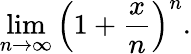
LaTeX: \operatorname*{lim}_{n\to\infty}\left(1+{\frac{x}{n}}\right)^{n}.